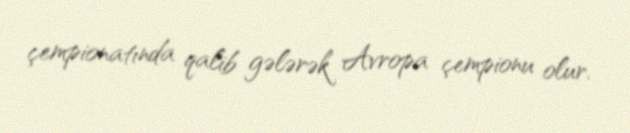
çempionatında qalib gələrək Avropa çempionu olur.